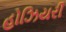
હોઝિયરી